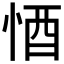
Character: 𱞙